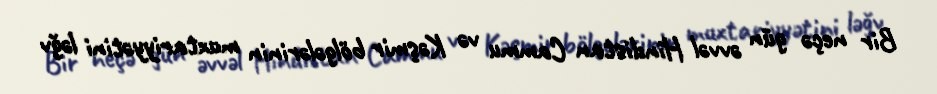
Bir neçə gün əvvəl Hindistan Cammu və Kəşmir bölgələrinin muxtariyyətini ləğv